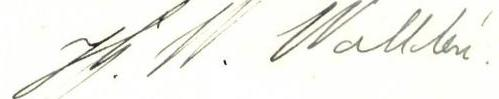
Hj. W. Walldén